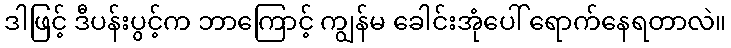
ဒါဖြင့် ဒီပန်းပွင့်က ဘာကြောင့် ကျွန်မ ခေါင်းအုံပေါ် ရောက်နေရတာလဲ။